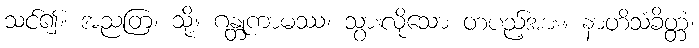
သင်၍။ အညတြ၊ သို့။ ဂန္တုကာမဿ၊ သွားလိုသော တပည့်အား။ နာတိသံခိတ္တံ၊